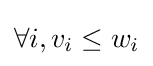
\forall i,v_{i}\leq w_{i}